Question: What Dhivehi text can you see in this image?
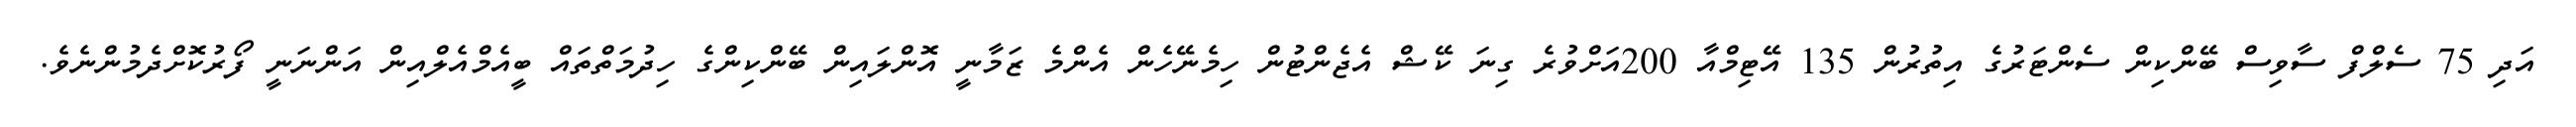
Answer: އަދި 75 ސެލްފް ސާވިސް ބޭންކިން ސެންޓަރުގެ އިތުރުން 135 އޭޓިމްއާ 200އަށްވުރެ ގިނަ ކޭޝް އެޖެންޓުން ހިމެނޭހެން އެންމެ ޒަމާނީ އޮންލައިން ބޭންކިންގެ ހިދުމަތްތައް ބީއެމްއެލްއިން އަންނަނީ ފޯރުކޮށްދެމުންނެވެ.